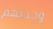
وجدتهم